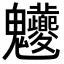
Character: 𩵊